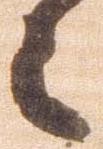
々